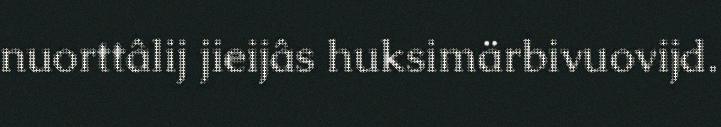
nuorttâlij jieijâs huksimärbivuovijd.